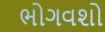
ભોગવશો